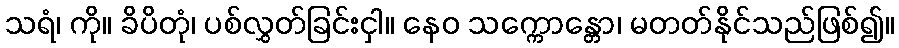
သရံ၊ ကို။ ခိပိတုံ၊ ပစ်လွှတ်ခြင်းငှါ။ နေဝ သက္ကောန္တော၊ မတတ်နိုင်သည်ဖြစ်၍။